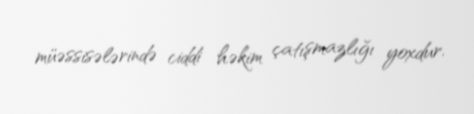
müəssisələrində ciddi həkim çatışmazlığı yoxdur.